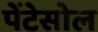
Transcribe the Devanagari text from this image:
पेंटेसोल